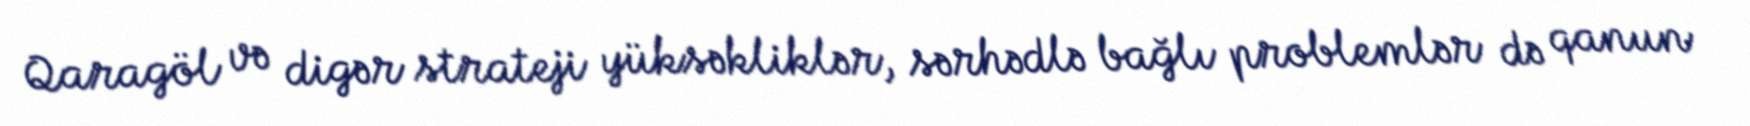
Qaragöl və digər strateji yüksəkliklər, sərhədlə bağlı problemlər də qanun